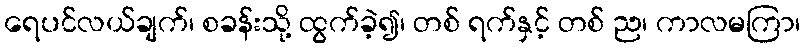
ရေပင်လယ်ချက်၊ စခန်းသို့ ထွက်ခဲ့၍၊ တစ် ရက်နှင့် တစ် ည၊ ကာလမကြာ၊